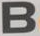
B